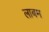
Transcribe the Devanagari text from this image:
लाबम